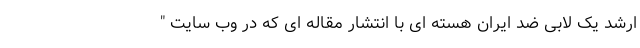
ارشد یک لابی ضد ایران هسته ای با انتشار مقاله ای که در وب سایت "